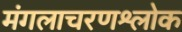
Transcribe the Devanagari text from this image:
मंगलाचरणश्लोक